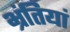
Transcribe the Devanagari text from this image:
भ्रंतियां